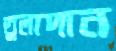
তুলাদান